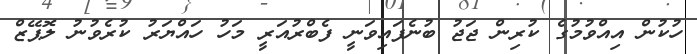
ހުކުން އިއްވުމުގެ ކުރިން ޖަޖު ބުނެފައިވަނީ ފެބްރުއަރީ މަހު ހައްޔަރު ކުރެވުނު ލޮޕޭޒް